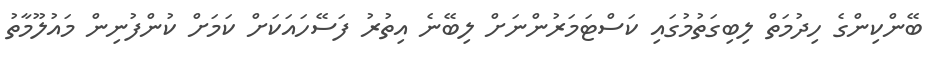
ބޭންކިންގެ ހިދުމަތް ލިބިގަތުމުގައި ކަސްޓަމަރުންނަށް ލިބޭނެ އިތުރު ފަސޭހައަކަށް ކަމަށް ކުންފުނިން މައުލޫމާތު